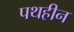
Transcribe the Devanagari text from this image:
पथहीन